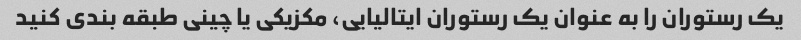
یک رستوران را به عنوان یک رستوران ایتالیایی، مکزیکی یا چینی طبقه بندی کنید